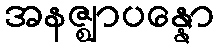
အနဇ္ဈာပန္နော